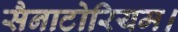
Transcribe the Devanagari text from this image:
सैनाटोरियम।